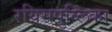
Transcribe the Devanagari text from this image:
रयिसपुब्लिका